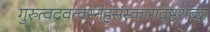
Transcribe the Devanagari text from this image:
गुरुत्वद्रवत्वस्नेहसंस्कारादृष्टशब्दा